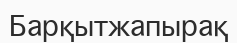
Барқытжапырақ